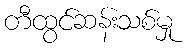
တီထွင်ဆန်းသစ်မှု